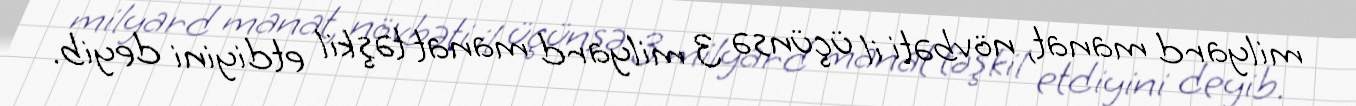
milyard manat, növbəti il üçünsə 3 milyard manat təşkil etdiyini deyib.